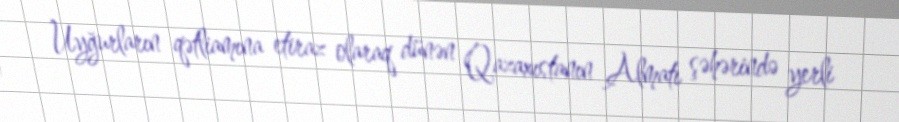
Uyğurların qətliamına etiraz olaraq dünən Qazaxıstanın Almatı şəhərində yerli